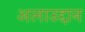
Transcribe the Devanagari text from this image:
अलाउद्दान